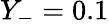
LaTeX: Y_{-}=0.1